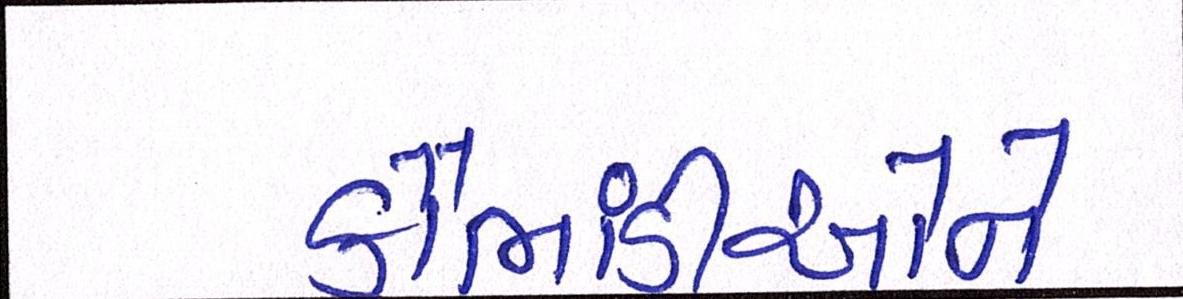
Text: કૌભાંડીઓને